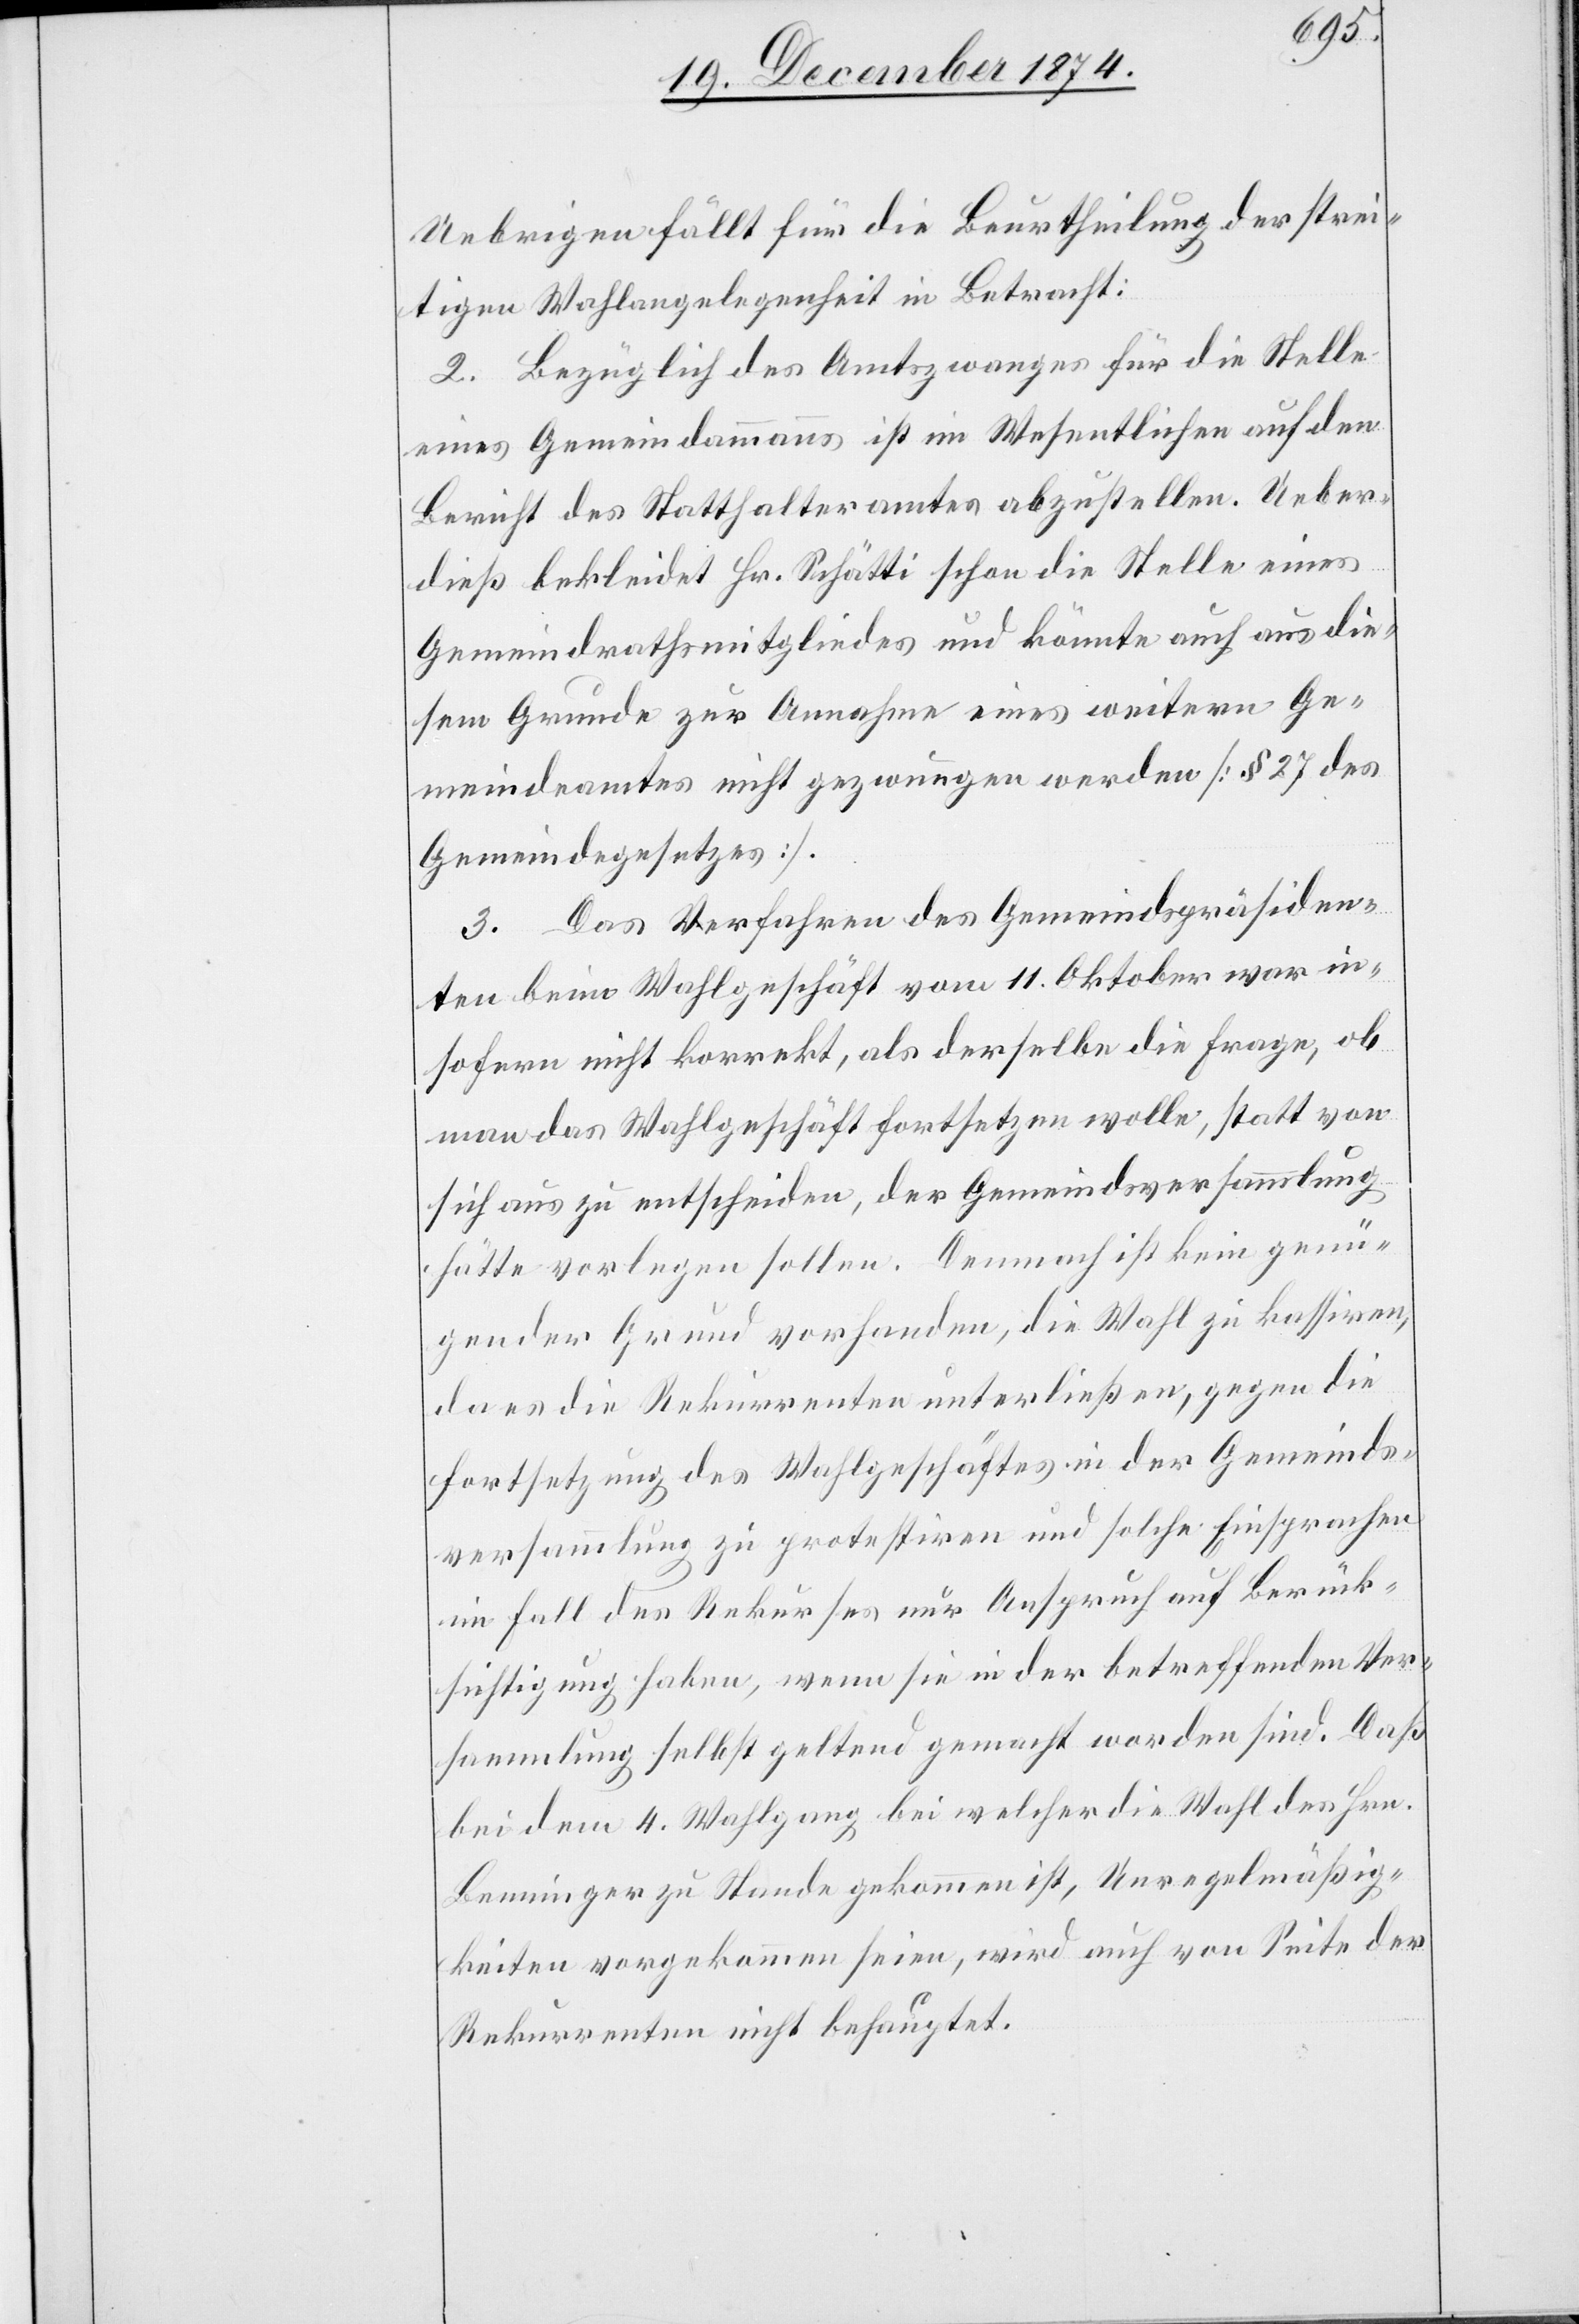
Uebrigen fällt für die Beurtheilung der strei¬
tigen Wahlangelegenheit in Betracht:
2. Bezüglich des Amtszwanges für die Stelle
eines Gemeindammanns ist im Wesentlichen auf den
Bericht des Statthalteramtes abzustellen. Ueber¬
dieß bekleidet Hr. Schätti schon die Stelle eines
Gemeindrathsmitgliedes und könnte auch aus die¬
sem Grunde zur Annahme eines weitern Ge¬
meindeamtes nicht gezwungen werden [§ 27 des
Gemeindegesetzes].
3. Das Verfahren des Gemeindspräsiden¬
ten beim Wahlgeschäft vom 11. Oktober war in¬
sofern nicht korrekt, als derselbe die Frage, ob
man das Wahlgeschäft fortsetzen wolle, statt von
sich aus zu entscheiden, der Gemeindsversammlung
hätte vorlegen sollen. Demnach ist kein genü¬
gender Grund vorhanden, die Wahl zu kassiren,
da es die Rekurrenten unterließen, gegen die
Fortsetzung des Wahlgeschäftes in der Gemeinds¬
versammlung zu protestiren und solche Einsprachen
im Fall des Rekurses nur Anspruch auf Berück¬
sichtigung haben, wenn sie in der betreffenden Ver¬
sammlung selbst geltend gemacht worden sind. Daß
bei dem 4. Wahlgang bei welcher die Wahl des Hrn.
Benninger zu Stande gekommen ist, Unregelmäßig¬
keiten vorgekommen seien, wird auch von Seite der
Rekurrenten nicht behauptet.